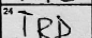
Transcription: IRD